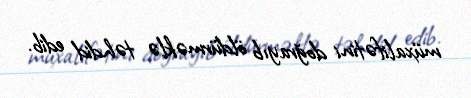
müxalifətini doğrayıb öldürməklə təhdid edib.